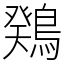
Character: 䳫